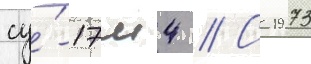
су́-17м4 // С 1973